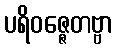
ပရိဝဇ္ဇေတဗ္ဗာ